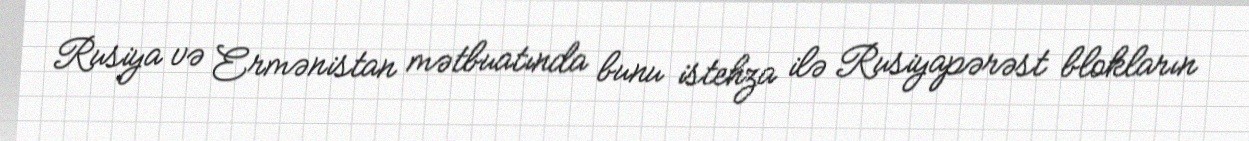
Rusiya və Ermənistan mətbuatında bunu istehza ilə Rusiyapərəst blokların